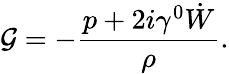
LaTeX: {\cal G}=-\frac{p+2i\gamma^{0}\dot{W}}{\rho}.